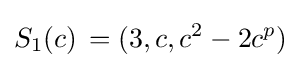
S_{1}(c)\!\ =(3,c,c^{2}-2c^{p})